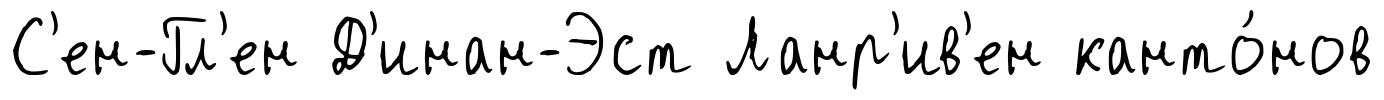
С'ен-Гл'ен Д'инан-Эст Ланр'ив'ен канто́нов